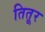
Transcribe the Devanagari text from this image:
तितूर